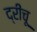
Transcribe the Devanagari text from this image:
द्रीचू